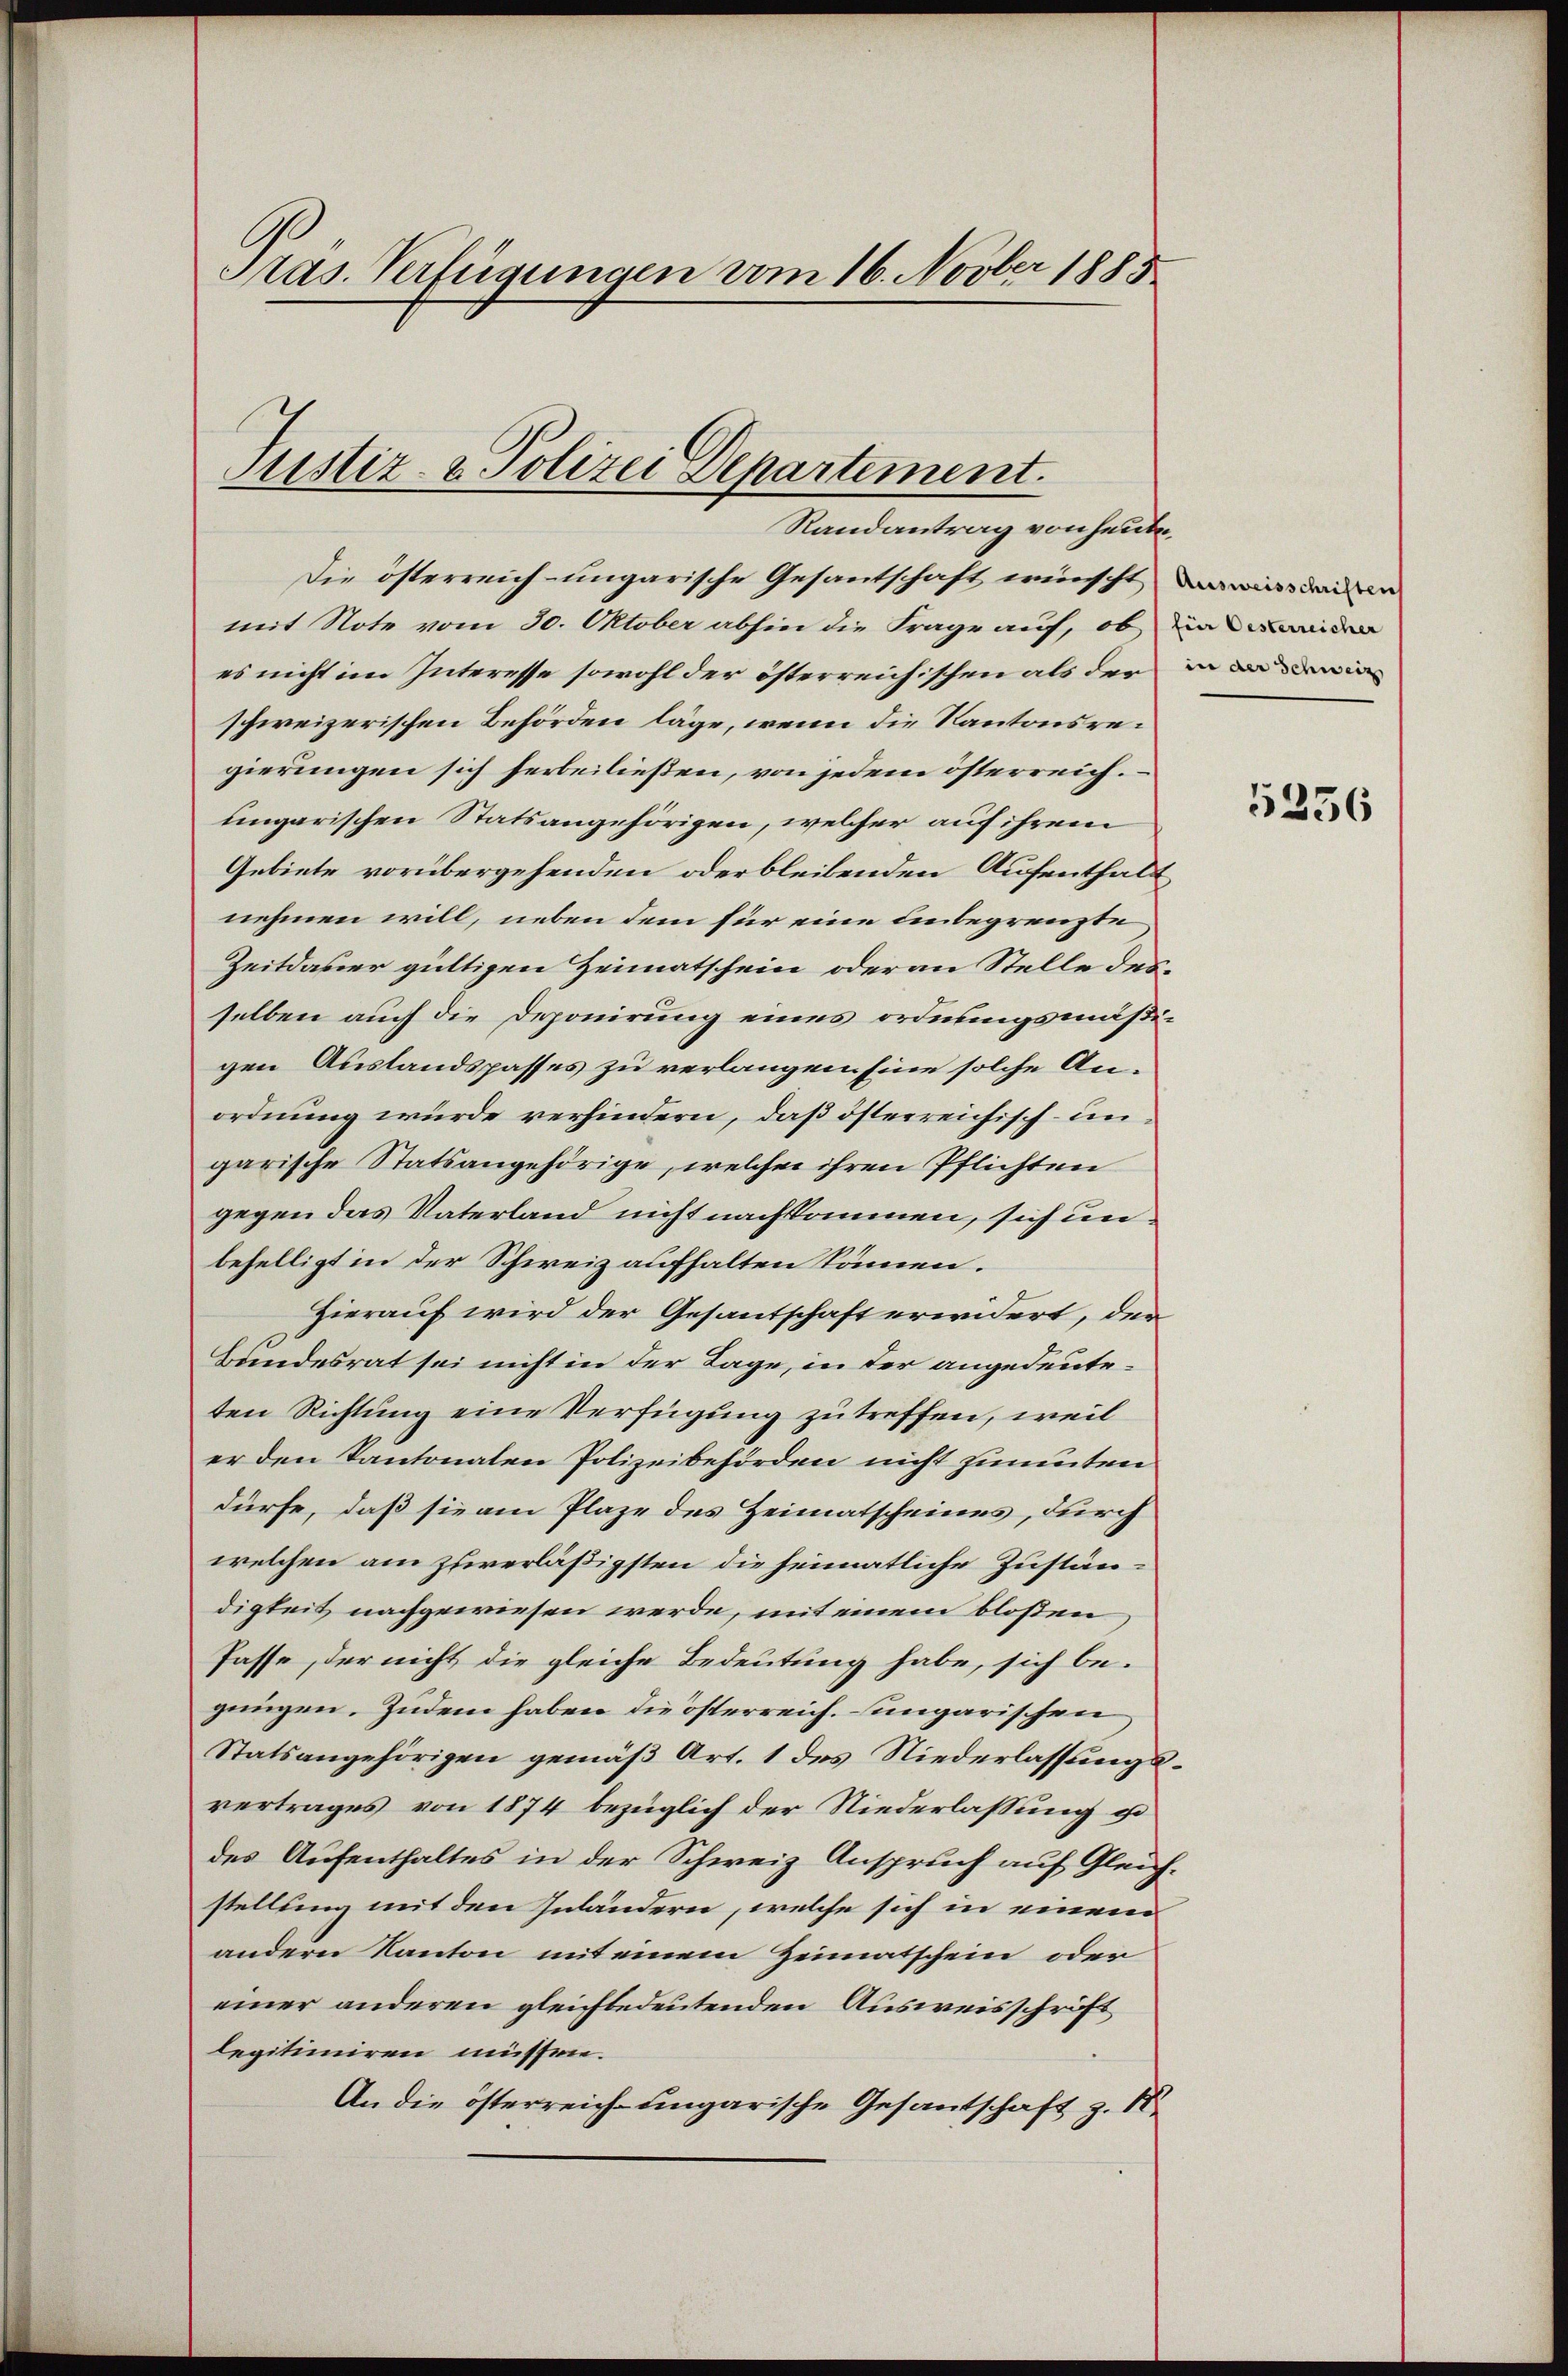
Pras. Verfügungen vom 16. Novber 1885

Sistiz- & Polizei Departement.
Randantrag von heute,

Die österreich- ungarische Gesantschaft wünscht
mit Note vom 30. Oktober abhin die Frage auf, ob
es nicht im Interesse sowohl der österreichischen als der
schweizerischen Behörden läge, wenn die Kantonsregierungen sich herbeiließen, von jedem österreich.
ungarischen Statsangehörigen, welcher auf ihrem
Gebiete vorübergehenden oder bleibenden Aufenthalt
nehmen will, neben dem für eine unbegrenzte
Zeitdauer gültigen Heimatschein oder an Stelle des
selben auch die Deponirung eines ordnungsmäßigen Auslandspasses zu verlangen Eine solche Anordnung wurde verhindern, daß österreichisch-ungarische Statsangehörige, welcher ihren Pflichten
gegen das Vaterland nicht nachkommen, sich unbehelligt in der Schweiz aufhalten können.
Hierauf wird der Gesantschaft erwidert, der
Bandesrat sei nicht in der Tage, in der angedeuteten Richtung eine Verfügung zu treffen, weil
er den Kantonalen Polizeibehörden nicht zimmten
dürfe, daß sie am Plaze des Heimatscheines, durch
welchen am zuverläßigsten die heimatliche Zuständigkeit nachgewiesen werde, mit einem bloßen
Pässe, der nicht die gleiche Bedeutung habe, sich begungen. Zudem haben die österreich. ungarischen
Statsangehörigen gemäß Art. 1 des Niederlassungs
vertrages von 1874 bezüglich der Niederlassung in
des Aufenthaltes in der Schweiz Anspruch auf Gleichstellung mit den Inländern, welche sich in einem
andern Kanton mit einem Heimatschein oder
einer anderen gleichbedeutenden Ausweisschrift
legitimiren müssen.
An die österreich-ungarische Gesantschaft z. B.

Ausweisschriften
füer Oesterreicher
in der Schweiz

5256